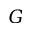
G